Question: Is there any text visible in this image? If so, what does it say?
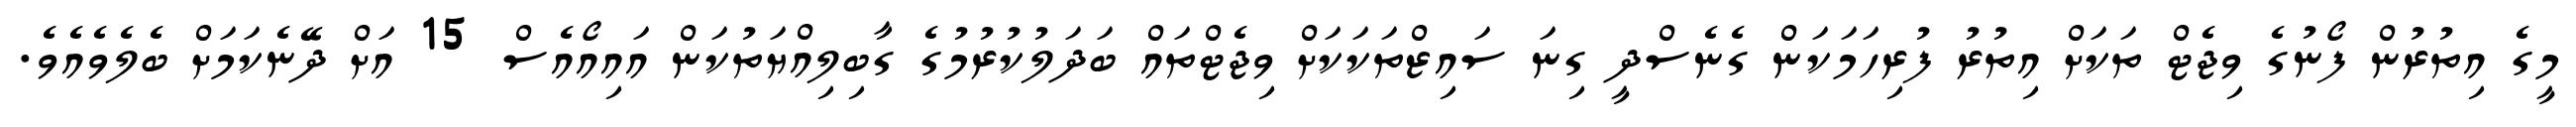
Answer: މީގެ އިތުރުން ފޯނުގެ ވިޖެޓް ތަކަށް އިތުރު ފުރިހަމަކަން ގެނެސްދީ ގިނަ ސައިޒްތަކަކަށް ވިޖެޓްތައް ބަދަލުކުރުމުގެ ގާބިލިއްޔަތުކަން އައިއޯއެސް 15 އަށް ދޭނެކަމަށް ބެލެވެއެވެ.